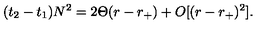
( t _ { 2 } - t _ { 1 } ) N ^ { 2 } = 2 \Theta ( r - r _ { + } ) + O [ ( r - r _ { + } ) ^ { 2 } ] .